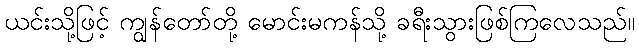
ယင်းသို့ဖြင့် ကျွန်တော်တို့ မောင်းမကန်သို့ ခရီးသွားဖြစ်ကြလေသည်။